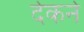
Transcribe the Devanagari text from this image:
देकने